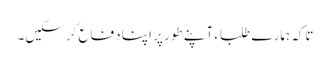
تاکہ ہمارے طلباء آپنے طور پر اپنا دفاع کرسکیں۔